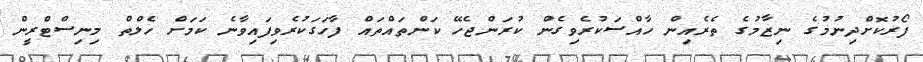
ފޯރުކޮށްދިނުމުގެ ނިޒާމުގެ ތެރެއިން ހާއްސަކުރެވިގެން ކުރަންޖެހޭ ކަންތައްތައް ފާހަގަކުރެވިފައިވާނެ ކަމަށް ހެލްތް މިނިސްޓްރީން